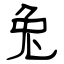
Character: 兔